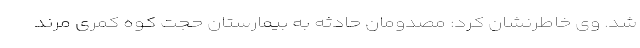
شد. وی خاطرنشان کرد: مصدومان حادثه به بیمارستان حجت کوه کمری مرند